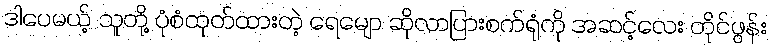
ဒါပေမယ့် သူတို့ ပုံစံထုတ်ထားတဲ့ ရေမျော ဆိုလာပြားစက်ရုံကို အဆင့်လေး တိုင်ဖွန်း